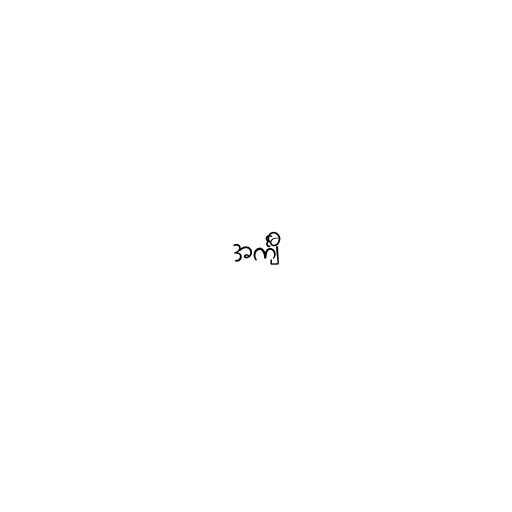
အင်္ကျီ